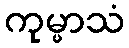
ကုမ္မာသံ